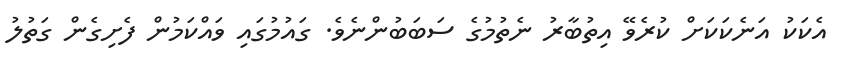
އެކަކު އަނެކަކަށް ކުރެވޭ އިތުބާރު ނެތުމުގެ ސަބަބުންނެވެ. ގައުމުގައި ވައްކަމުން ފެށިގެން ގަތުލު